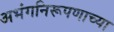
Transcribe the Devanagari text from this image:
अभंगनिरूपणाच्या